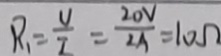
R _ { 1 } = \frac { v } { 2 } = \frac { 2 0 V } { 2 A } = 1 0 \Omega